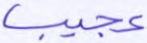
عجيب